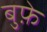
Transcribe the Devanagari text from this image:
बुफ़े